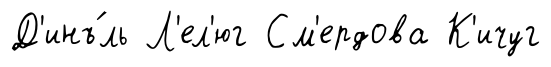
Д'инъ́ль Л'ел'юг См'ердова К'ичуг